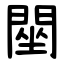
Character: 䦟